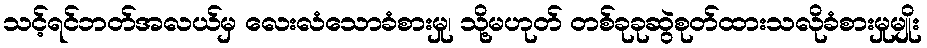
သင့်ရင်ဘတ်အလယ်မှ လေးလံသောခံစားမှု၊ သို့မဟုတ် တစ်ခုခုဆွဲစုတ်ထားသလိုခံစားမှုမျိုး